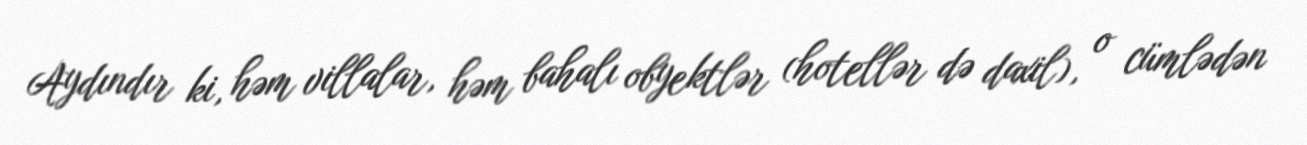
Aydındır ki, həm villalar, həm bahalı obyektlər (hotellər də daxil), o cümlədən